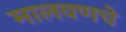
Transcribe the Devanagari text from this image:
मालवणचे